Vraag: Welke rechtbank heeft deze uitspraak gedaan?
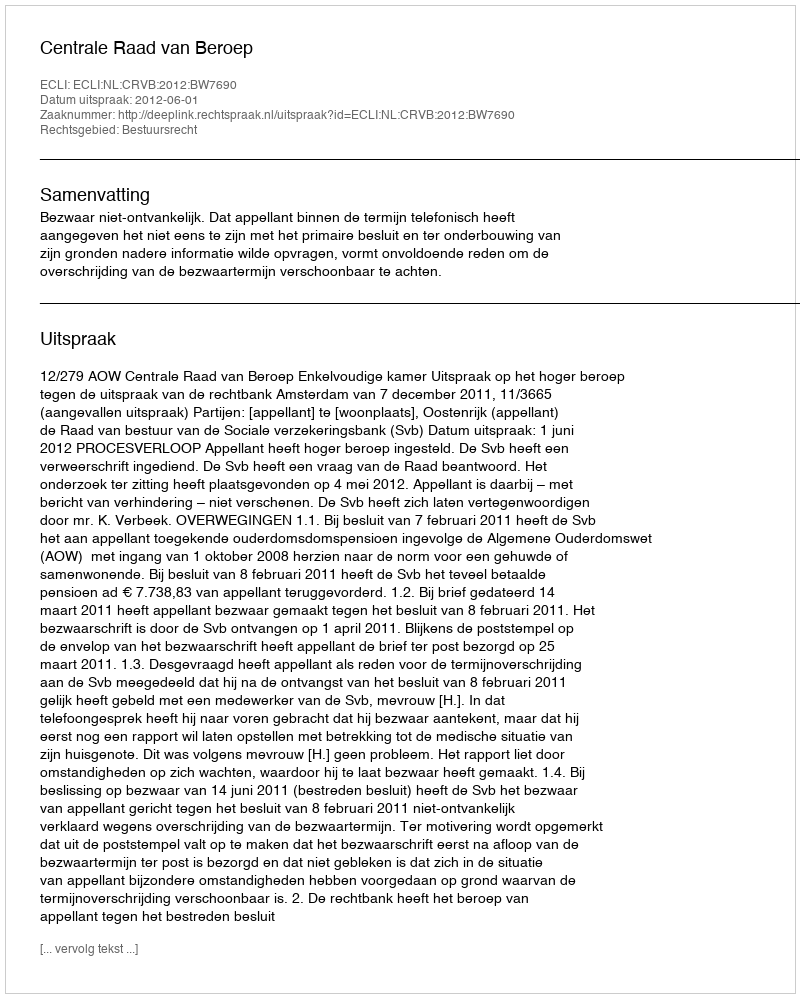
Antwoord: Centrale Raad van Beroep